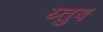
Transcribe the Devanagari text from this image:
य्तुब